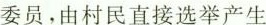
委员，由村民直接选举产生